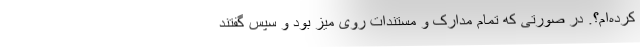
کرده‌ام؟. در صورتی که تمام مدارک و مستندات روی میز بود و سپس گفتند